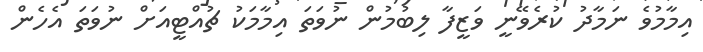
އިމާމުވެ ނަމާދު ކުރެވޭނީ ވަޒީފާ ލިބުމުން ނުވަތަ އިމާމަކު ޗުއްޓީއަށް ނުވަތަ އެހެން